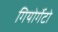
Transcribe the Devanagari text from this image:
गियोर्गेटो